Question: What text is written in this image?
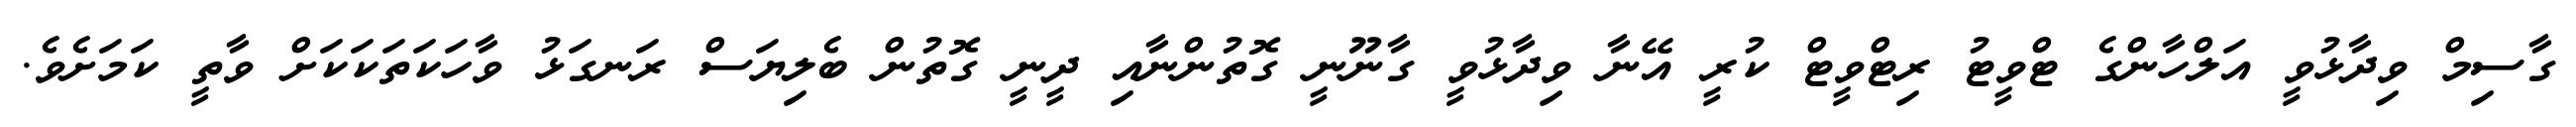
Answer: ގާސިމް ވިދާޅުވީ އަލްހާންގެ ޓްވީޓު ރިޓްވީޓް ކުރީ އޭނާ ވިދާޅުވީ ގާނޫނީ ގޮތުންނާއި ދީނީ ގޮތުން ބެލިޔަސް ރަނގަޅު ވާހަކަތަކަކަށް ވާތީ ކަމަށެވެ.